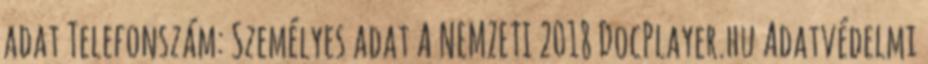
adat Telefonszám: Személyes adat A NEMZETI 2018 DocPlayer.hu Adatvédelmi